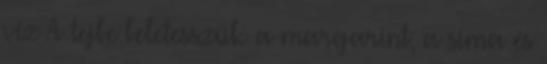
víz A tejbe beletesszük a margarint, a sima és